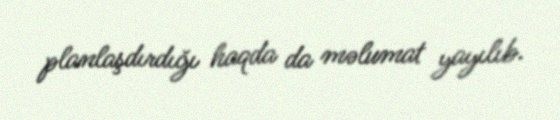
planlaşdırdığı haqda da məlumat yayılıb.